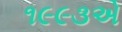
૧૯૯૩એ